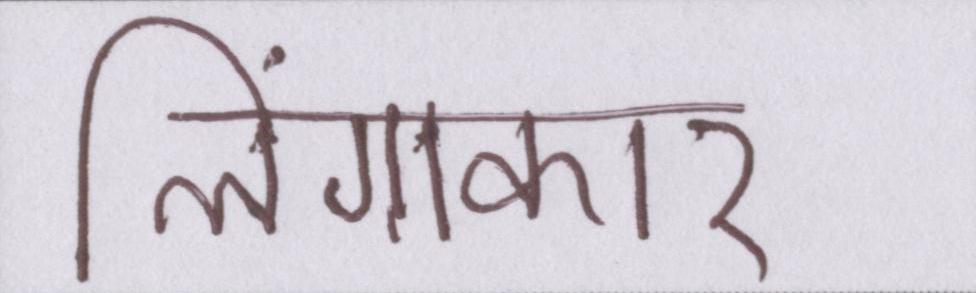
लिंगाकार